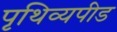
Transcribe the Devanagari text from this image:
पृथिव्यपीड